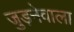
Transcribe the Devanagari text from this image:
जुड़नेवाला